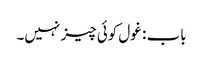
باب : غول کوئی چیز نہیں۔